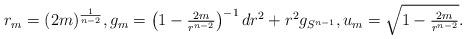
LaTeX: \begin{align*}r_m = (2m)^{\frac{1}{n-2}}, g_m = \left( 1- \tfrac{2m}{r^{n-2}}\right)^{-1} dr^2 + r^2 g_{S^{n-1}}, u_m = \sqrt{1-\tfrac{2m}{r^{n-2}}}.\end{align*}